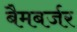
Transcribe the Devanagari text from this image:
बैमबर्जर